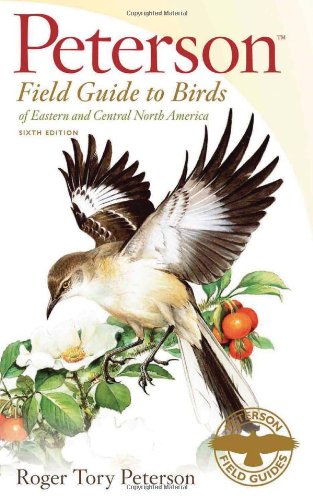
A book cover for Peterson Field Guide to Birds of Eastern and Central North America, 6th Edition (Peterson Field Guides); Roger Tory Peterson; Science & Math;